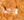
قائدا